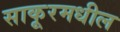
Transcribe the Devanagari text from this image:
साकूरमधील